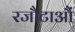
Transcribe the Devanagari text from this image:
रजौटाऔं